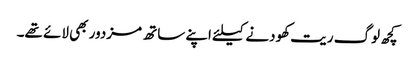
کچھ لوگ ریت کھودنے کیلئے اپنے ساتھ مزدور بھی لائے تھے۔